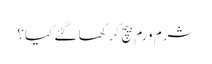
شرم ورم بیچ کر کھا گئے کیا؟